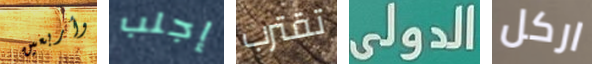
وأربعين إجلب تقترب الدولى اركل